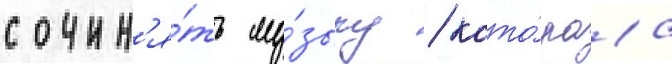
сочин'я́ть му́зыку / кото́раа